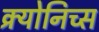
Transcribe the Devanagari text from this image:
क्र्योनिच्स